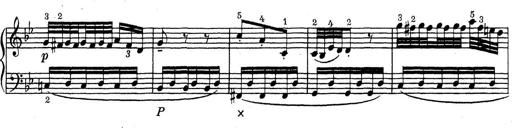
Title: ÄŒeskÃ© Sonatiny
Composer: Various